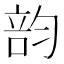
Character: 𥪇